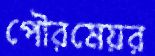
পৌরমেয়র